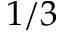
1 / 3